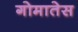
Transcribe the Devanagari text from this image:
गोमातेस